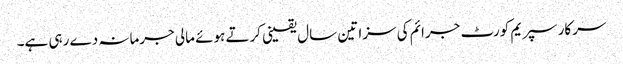
سرکار سپریم کورٹ جرائم کی سزا تین سال یقینی کرتے ہوئے مالی جرمانہ دے رہی ہے۔